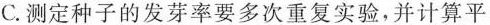
C.测定种子的发芽率要多次重复实验，并计算平